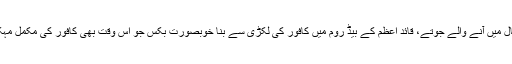
قائد کے استعمال میں آنے والے جوتے، قائد اعظم کے بیڈ روم میں کافور کی لکڑی سے بنا خوبصورت بکس جو اس وقت بھی کافور کی مکمل مہک دے رہا ہے۔